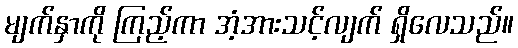
မျက်နှာကို ကြည့်ကာ အံ့အားသင့်လျက် ရှိလေသည်။